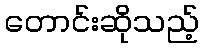
တောင်းဆိုသည့်